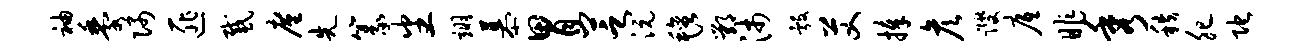
袖黍隅匪感廑先篆番翊慕胃芝沅毡鄂沛彀艾捧彦躞底昨秀秩肥陀